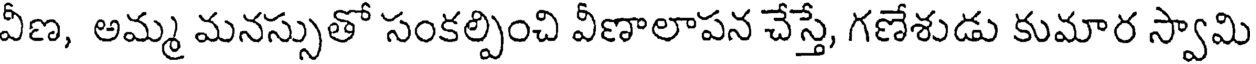
వీణ, అమ్మ మనస్సుతో సంకల్పించి వీణాలాపన చేస్తే, గణేశుడు కుమార స్వామి